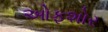
ઓફશોર